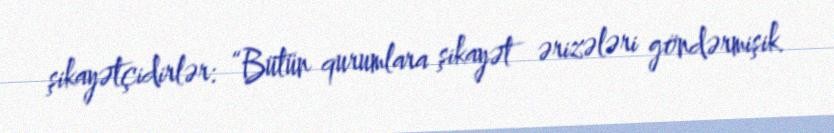
şikayətçidirlər: “Bütün qurumlara şikayət ərizələri göndərmişik.